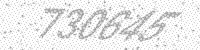
Solution: 730645